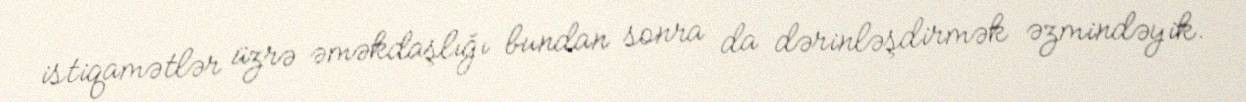
istiqamətlər üzrə əməkdaşlığı bundan sonra da dərinləşdirmək əzmindəyik.